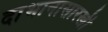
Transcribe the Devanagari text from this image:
दाभानासारखी